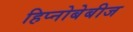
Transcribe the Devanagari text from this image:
हिप्नोबेबीज